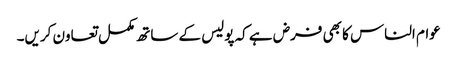
عوام الناس کا بھی فرض ہے کہ پولیس کے ساتھ مکمل تعاون کریں۔